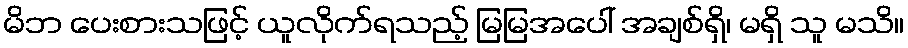
မိဘ ပေးစားသဖြင့် ယူလိုက်ရသည့် မြမြအပေါ် အချစ်ရှိ၊ မရှိ သူ မသိ။